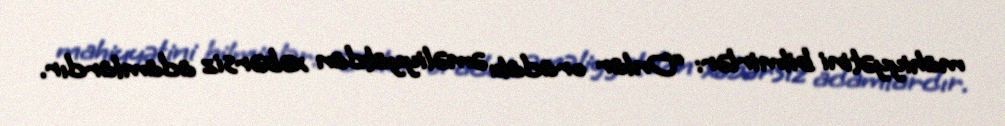
mahiyyətini bilmirlər: “Onlar oradakı əməliyyatdan xəbərsiz adamlardır.